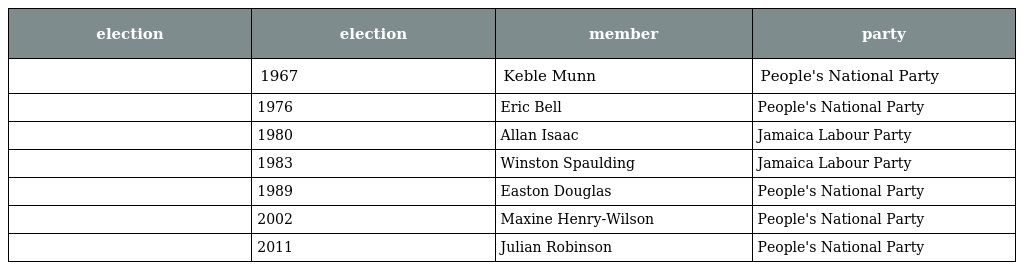
| election | election | member | party |
 | --- | --- | --- | --- |
 |  | 1967 | Keble Munn | People's National Party |
 |  | 1976 | Eric Bell | People's National Party |
 |  | 1980 | Allan Isaac | Jamaica Labour Party |
 |  | 1983 | Winston Spaulding | Jamaica Labour Party |
 |  | 1989 | Easton Douglas | People's National Party |
 |  | 2002 | Maxine Henry-Wilson | People's National Party |
 |  | 2011 | Julian Robinson | People's National Party |